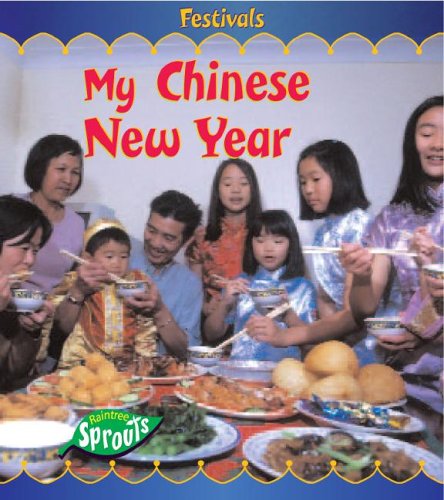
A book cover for My Chinese New Year (Raintree Sprouts); Monica Hughes; Children's Books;